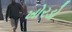
ખોરડો